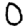
Digit: 0